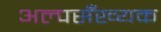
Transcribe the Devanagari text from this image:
अल्पसँख्यक